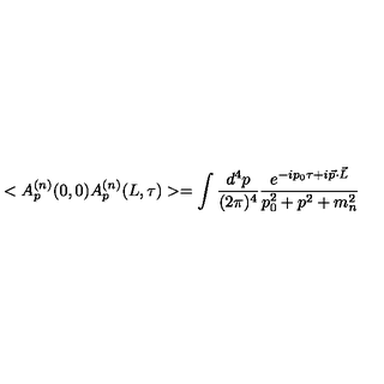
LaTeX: < A _ { p } ^ { ( n ) } ( 0 , 0 ) A _ { p } ^ { ( n ) } ( L , \tau ) > = \int \frac { d ^ { 4 } p } { ( 2 \pi ) ^ { 4 } } \frac { e ^ { - i p _ { 0 } \tau + i \vec { p } \cdot \vec { L } } } { p _ { 0 } ^ { 2 } + p ^ { 2 } + m _ { n } ^ { 2 } }